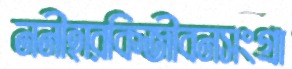
ননীহারকিজীবনসংগ্রা